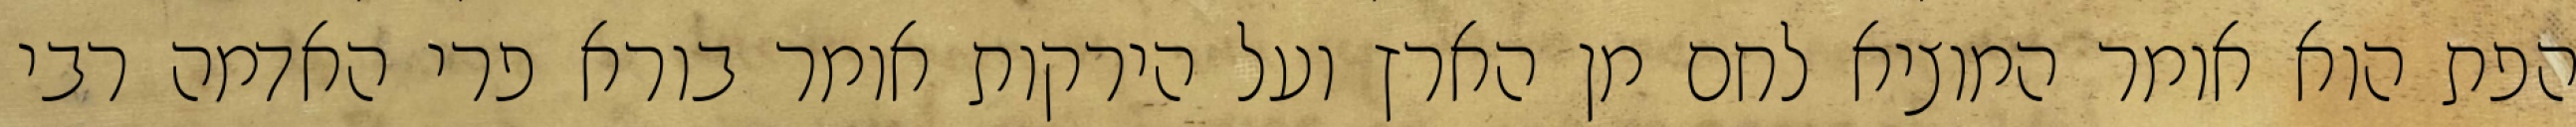
הפת הוא אומר המוציא לחם מן הארץ ועל הירקות אומר בורא פרי האדמה רבי